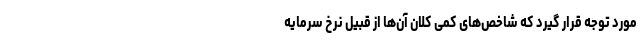
مورد توجه قرار گيرد که شاخص‌های کمی کلان آن‌ها از قبيل نرخ سرمايه